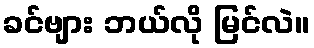
ခင်ဗျား ဘယ်လို မြင်လဲ။